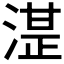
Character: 𰜦